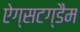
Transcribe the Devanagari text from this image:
ऐग्सटग्डैम